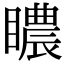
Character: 䁸